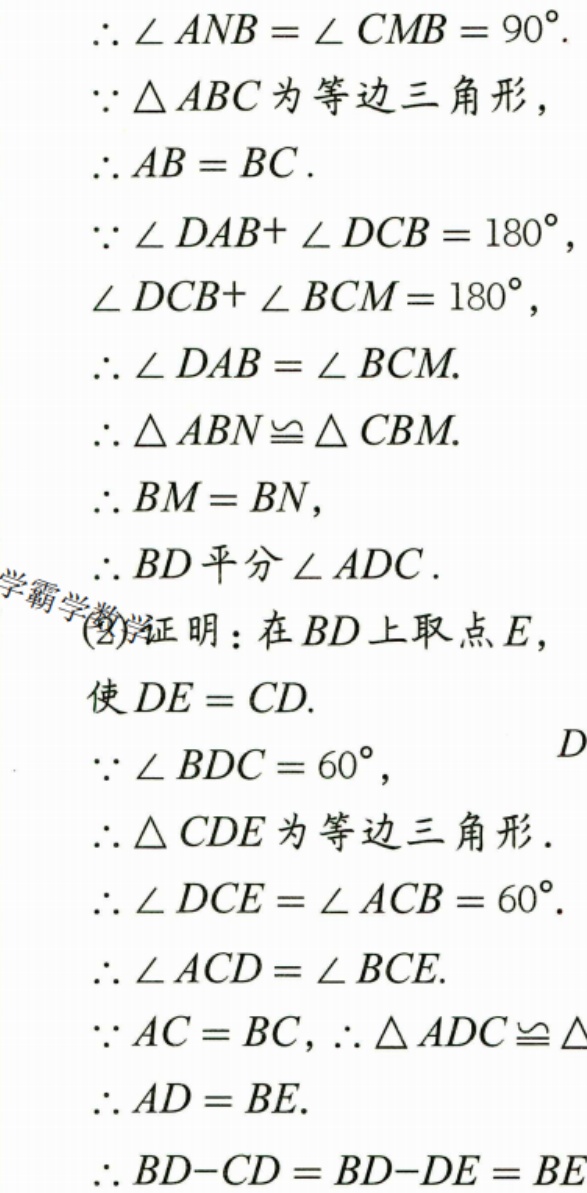
\(\therefore\angle ANB=\angle CMB = 90^{\circ}.\)
\(\because\triangle ABC\) 为等边三角形，
\(\therefore AB = BC.\)
\(\because\angle DAB+\angle DCB = 180^{\circ},\)
\(\angle DCB+\angle BCM = 180^{\circ},\)
\(\therefore\angle DAB=\angle BCM.\)
\(\therefore\triangle ABN\cong\triangle CBM.\)
\(\therefore BM = BN,\)
\(\therefore BD\) 平分 \(\angle ADC\).
(2)证明：在 \(BD\) 上取点 \(E\)，
使 \(DE = CD.\)
\(\because\angle BDC = 60^{\circ},\)
\(\therefore\triangle CDE\) 为等边三角形.
\(\therefore\angle DCE=\angle ACB = 60^{\circ}.\)
\(\therefore\angle ACD=\angle BCE.\)
\(\because AC = BC,\therefore\triangle ADC\cong\triangle\)
\(\therefore AD = BE.\)
\(\therefore BD - CD=BD - DE = BE\)